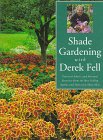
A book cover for Shade Gardening With Derek Fell: Practical Advice and Personal Favorites from the Best-Selling Author and Television Show Host (For Your Garden Series); Derek Fell; Crafts, Hobbies & Home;